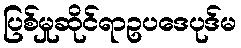
ပြစ်မှုဆိုင်ရာဥပဒေပုဒ်မ